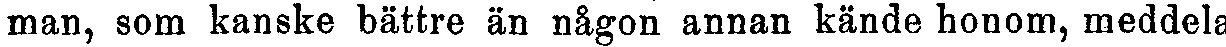
man, som kanske bättre än någon annan kände honom, meddela